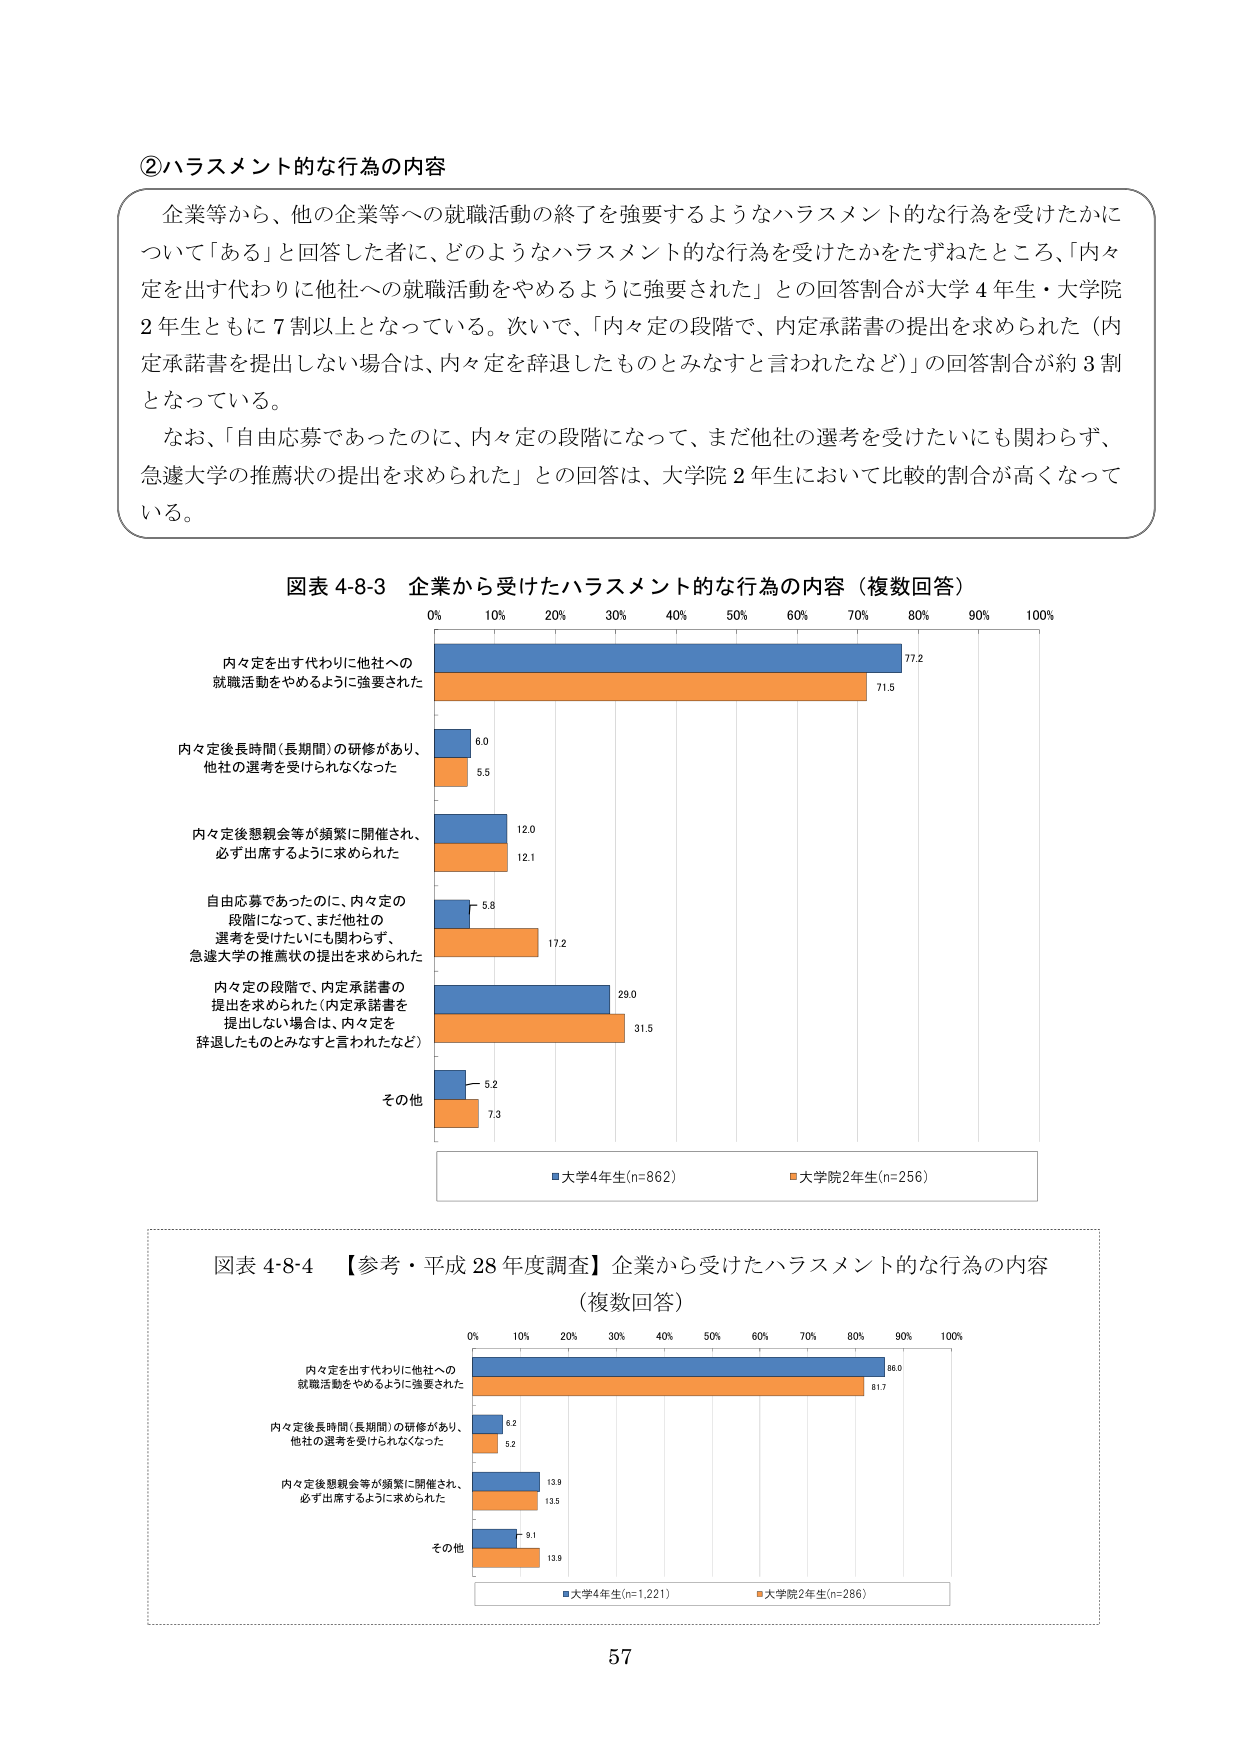
②ハラスメント的な行為の内容

企業等から、他の企業等への就職活動の終了を強要するようなハラスメント的な行為を受けたかについて「ある」と回答した者に、どのようなハラスメント的な行為を受けたかをたずねたところ、「内々定を出す代わりに他社への就職活動をやめるように強要された」との回答割合が大学４年生・大学院２年生ともに７割以上となっている。次いで、「内々定の段階で、内定承諾書の提出を求められた（内定承諾書を提出しない場合は、内々定を辞退したものとみなすと言われたなど）」の回答割合が約３割となっている。

なお、「自由応募であったのに、内々定の段階になって、まだ他社の選考を受けたいにも関わらず、急遽大学の推薦状の提出を求められた」との回答は、大学院２年生において比較的割合が高くなっている。

図表 4-8-3 企業から受けたハラスメント的な行為の内容（複数回答）

内々定を出す代わりに他社への就職活動をやめるように強要された
77.2
71.5

内々定後長時間（長期間）の研修があり、他社の選考を受けられなくなった
6.0
5.5

内々定後懇親会等が頻繁に開催され、必ず出席するように求められた
12.0
12.1

自由応募であったのに、内々定の段階になって、まだ他社の選考を受けたいにも関わらず、急遽大学の推薦状の提出を求められた
5.8
17.2

内々定の段階で、内定承諾書の提出を求められた（内定承諾書を提出しない場合は、内々定を辞退したものとみなすと言われたなど）
29.0
31.5

その他
5.2
7.3

■大学4年生(n=862) ■大学院2年生(n=256)

図表 4-8-4 【参考・平成28年度調査】企業から受けたハラスメント的な行為の内容（複数回答）

内々定を出す代わりに他社への就職活動をやめるように強要された
86.0
81.7

内々定後長時間（長期間）の研修があり、他社の選考を受けられなくなった
8.2
5.2

内々定後懇親会等が頻繁に開催され、必ず出席するように求められた
13.8
13.5

その他
9.1
13.9

■大学4年生(n=1,221) ■大学院2年生(n=286)

57